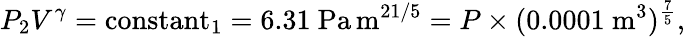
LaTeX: P_{2}V^{\gamma}=\operatorname{constant}_{1}=6.31~{\mathrm{Pa}}\, {\mathrm{m}}^{21/5}=P\times(0.0001~{\mathrm{m}}^{3})^{\frac{7}{5}},